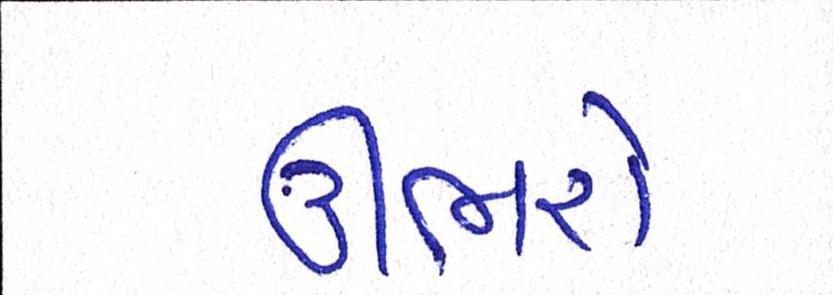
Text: ઊભરો